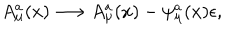
LaTeX: A _ { \mu } ^ { a } ( x ) \longrightarrow A _ { \mu } ^ { a } ( x ) - \psi _ { \mu } ^ { a } ( x ) \epsilon ,